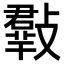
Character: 𣀄